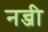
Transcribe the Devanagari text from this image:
नन्जी